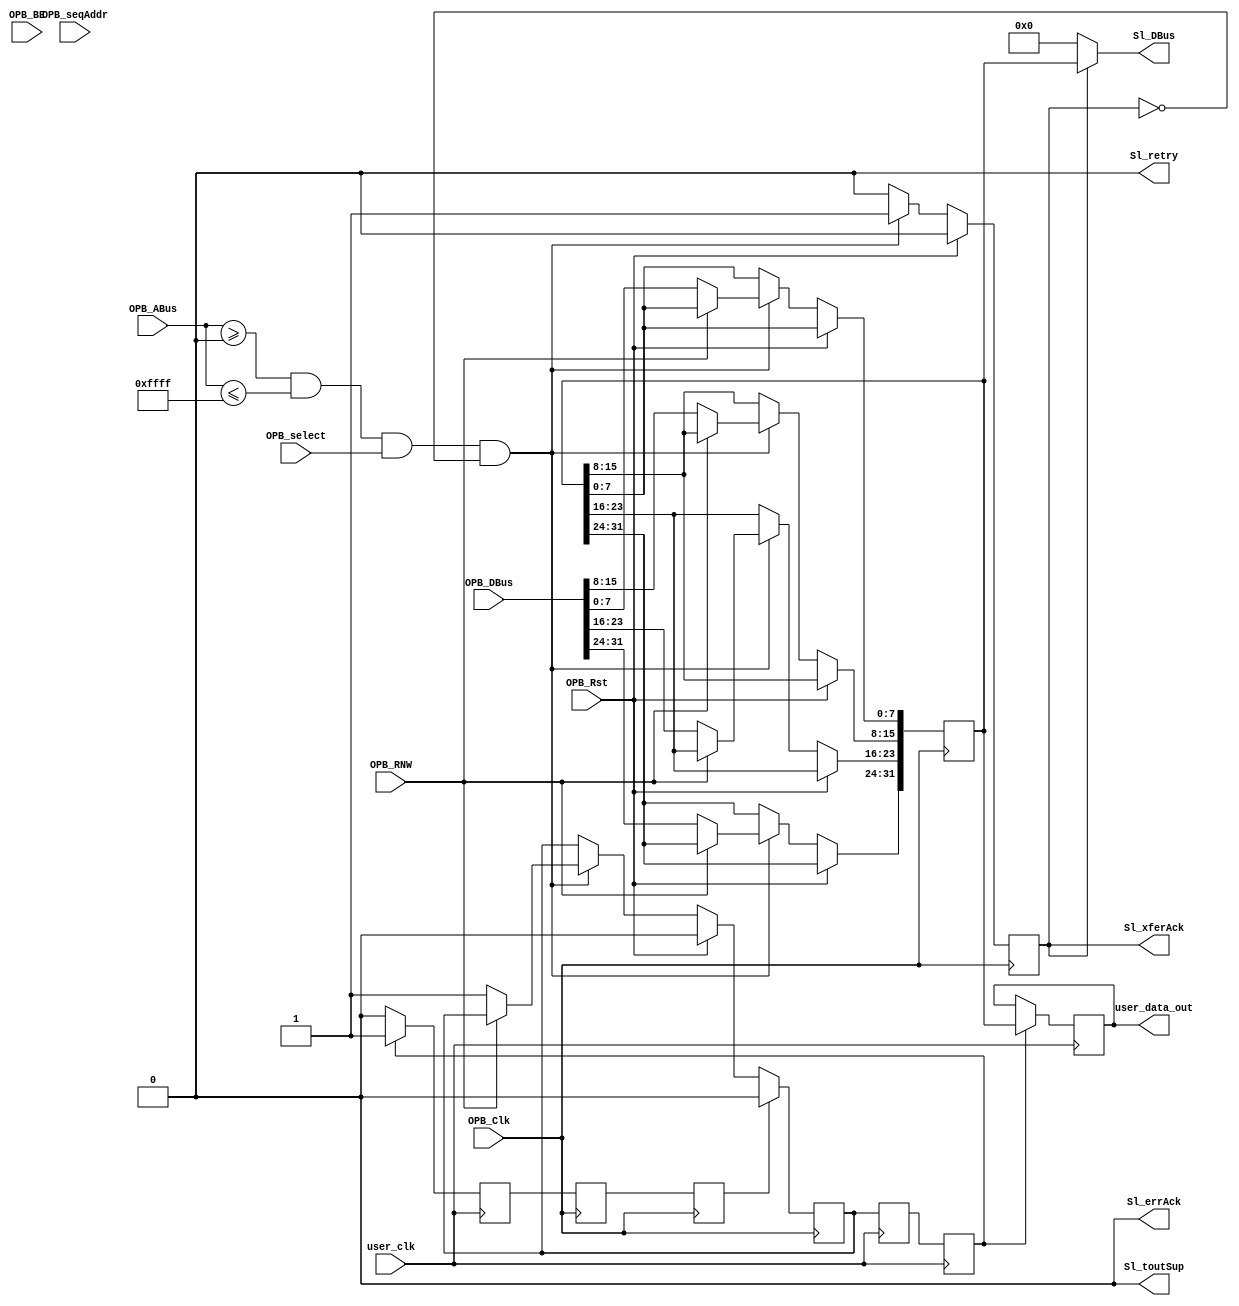
module opb_register_ppc2simulink #(
    parameter C_BASEADDR   = 32'h00000000,
    parameter C_HIGHADDR   = 32'h0000FFFF,
    parameter C_OPB_AWIDTH = 0,
    parameter C_OPB_DWIDTH = 0,
    parameter C_FAMILY     = "default"
  ) (
    input         OPB_Clk,
    input         OPB_Rst,
    output [0:31] Sl_DBus,
    output        Sl_errAck,
    output        Sl_retry,
    output        Sl_toutSup,
    output        Sl_xferAck,
    input  [0:31] OPB_ABus,
    input  [0:3]  OPB_BE,
    input  [0:31] OPB_DBus,
    input         OPB_RNW,
    input         OPB_select,
    input         OPB_seqAddr,
    input         user_clk,
    output [31:0] user_data_out
  );

  /* OPB clock domain data value */
  reg [31:0] reg_buffer;
  /* Handshake signal from OPB to application indicating data is ready to be latched */
  reg register_ready;
  /* Handshake signal from application to OPB indicating data has been latched */
  reg register_done;

  assign Sl_toutSup = 1'b0;
  assign Sl_retry   = 1'b0;
  assign Sl_errAck  = 1'b0;

  reg Sl_xferAck_reg;
  assign Sl_xferAck = Sl_xferAck_reg;

  wire a_match = OPB_ABus >= C_BASEADDR && OPB_ABus <= C_HIGHADDR;
  wire [31:0] a_trans = OPB_ABus - C_BASEADDR;

  reg register_doneR;
  reg register_doneRR;

  always @(posedge OPB_Clk) begin
    //single cycle signals
    Sl_xferAck_reg  <= 1'b0;

    /* Clock domain crossing registering */
    register_doneR  <= register_done;
    register_doneRR <= register_doneR;

    if (OPB_Rst) begin
      register_ready <= 1'b0;
    end else if (a_match && OPB_select && !Sl_xferAck_reg) begin
      Sl_xferAck_reg <= 1'b1;
      if (!OPB_RNW) begin
        reg_buffer[31:24] <= OPB_DBus[0:7]; 
        reg_buffer[23:16] <= OPB_DBus[8:15]; 
        reg_buffer[15:8] <= OPB_DBus[16:23]; 
        reg_buffer[7:0] <= OPB_DBus[24:31]; 

        register_ready <= 1'b1;
      end
    end
    if (register_doneRR) begin
      register_ready <= 1'b0;
    end
  end

  reg [0:31] Sl_DBus_reg;
  assign Sl_DBus = Sl_DBus_reg;

  always @(*) begin
    if (!Sl_xferAck_reg) begin
      Sl_DBus_reg <= 32'b0;
    end else begin
      Sl_DBus_reg[0:31] <= reg_buffer;
    end
  end

  reg register_readyR;
  reg register_readyRR;
  reg [31:0] user_data_out_reg;
  assign user_data_out = user_data_out_reg;

  always @(posedge user_clk) begin
    /* Clock domain crossing registering */
    register_readyR  <= register_ready;
    register_readyRR <= register_readyR;

    if (!register_readyRR) begin
      register_done <= 1'b0;
    end

    if (register_readyRR) begin
      register_done <= 1'b1;
      user_data_out_reg <= reg_buffer;
    end

  end
endmodule